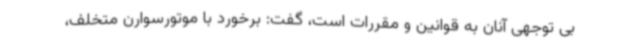
بی توجهی آنان به قوانین و مقررات است، گفت: برخورد با موتورسوارن متخلف،